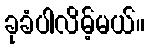
ခုခံပါလိမ့်မယ်။